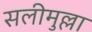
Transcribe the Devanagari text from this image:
सलीमुल्ला